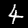
Label: 4